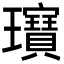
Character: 𤫖